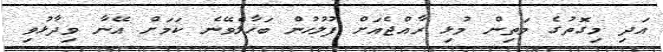
އަދި މިގޮތުގެ މަތިން މުޅި ރާއްޖެއަށް ފުލުހުން ބަހާލެވޭނެ ކަމަށް އޭނާ ވިދާޅުވި